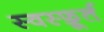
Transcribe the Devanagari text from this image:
स्वस्फ़ूर्त